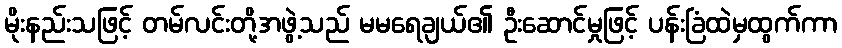
မိုးနည်းသဖြင့် တမ်လင်းတို့အဖွဲ့သည် မမရေချယ်၏ ဦးဆောင်မှုဖြင့် ပန်းခြံထဲမှထွက်ကာ